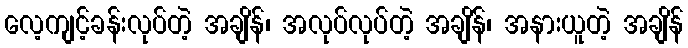
လေ့ကျင့်ခန်းလုပ်တဲ့ အချိန်၊ အလုပ်လုပ်တဲ့ အချိန်၊ အနားယူတဲ့ အချိန်